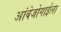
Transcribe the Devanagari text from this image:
आंबेजोगाईला